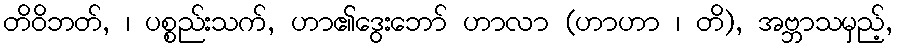
တိဝိဘတ်, ၊ ပစ္စည်းသက်, ဟာ၏ဒွေးဘော် ဟာလာ (ဟာဟာ ၊ တိ), အဗ္ဘာသမှည့်,